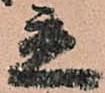
立